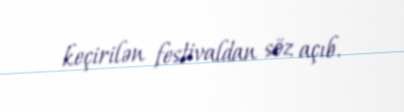
keçirilən festivaldan söz açıb.